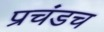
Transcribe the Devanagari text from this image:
प्रचंडच